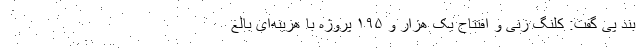
بند پی گفت: کلنگ زنی و افتتاح یک هزار و ۱۹۵ پروژه با هزینه‌ای بالغ